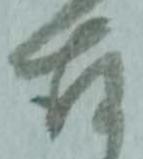
存